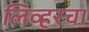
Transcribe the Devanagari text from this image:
लिव्हरचा